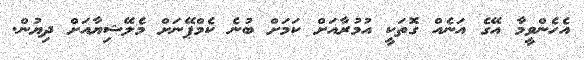
އެހެންވީމާ އޭގެ އަނެއް ގޮތަކީ އުމުރާއަށް ކަމަށް ބުނެ ކެމްޕޭނަށް މެލޭޝިޔާއަށް ދިޔުން.